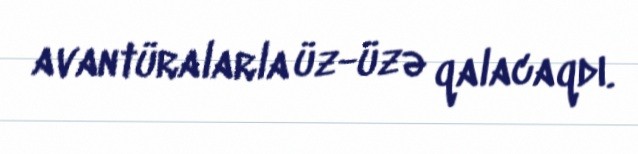
avantüralarla üz-üzə qalacaqdı.